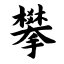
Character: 攀